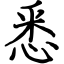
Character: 悉